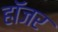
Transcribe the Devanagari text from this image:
हॉजर